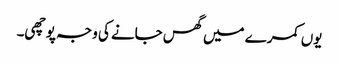
یوں کمرے میں گھس جانے کی وجہ پوچھی۔